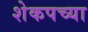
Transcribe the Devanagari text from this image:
शेकपच्या